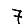
Digit: 7